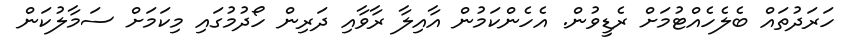
ހަރަދުތައް ބެލެހެއްޓުމަށް ރެޑީވުން. އެހެންކަމުން އާއިލާ ރާވާއި ދަރިން ހޯދުމުގައި މިކަމަށް ސަމާލުކަން